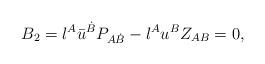
LaTeX: \begin{align*} B_2 = {\l}^{A} {\bar u}^{\dot{B}} P_{A\dot{B}} - \l^A{u}^B Z_{AB} = 0,\end{align*}